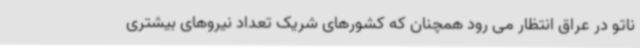
ناتو در عراق انتظار می رود همچنان که کشورهای شریک تعداد نیروهای بیشتری